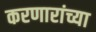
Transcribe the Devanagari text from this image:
करणारांच्या